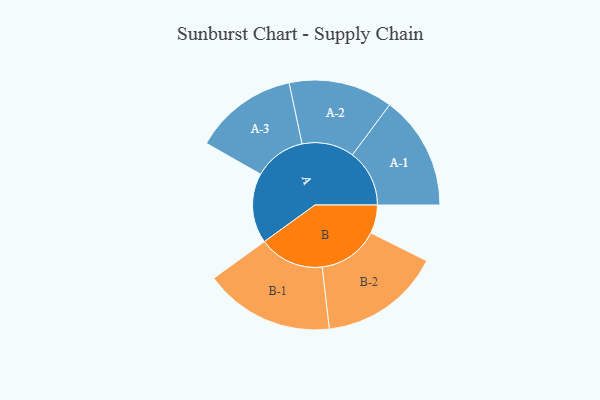
{"axis": {"x": "Segment", "y": "Value"}, "legend": ["", "A", "B"], "data": [{"x": "A", "y": 281, "type": ""}, {"x": "B", "y": 114, "type": ""}, {"x": "A-1", "y": 229, "type": "A"}, {"x": "A-2", "y": 209, "type": "A"}, {"x": "A-3", "y": 208, "type": "A"}, {"x": "B-1", "y": 261, "type": "B"}, {"x": "B-2", "y": 244, "type": "B"}]}